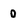
Character: 0